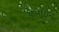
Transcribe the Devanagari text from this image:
अलथिन